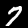
Digit: 7